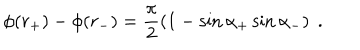
\phi ( r _ { + } ) - \phi ( r _ { - } ) = \frac { \pi } { 2 } \left( 1 - \sin \alpha _ { + } \sin \alpha _ { - } \right) \; .